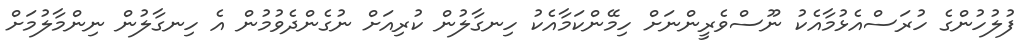
ފުލުހުންގެ ހުރަސްއެޅުމާއެކު ނޫސްވެރީންނަށް ހިމޭންކަމާއެކު ހިނގާލުން ކުރިއަށް ނުގެންދެވުމުން އެ ހިނގާލުން ނިންމާލުމަށް